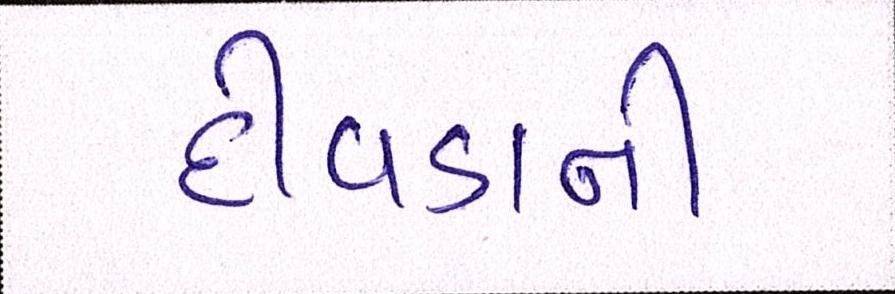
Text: દીવડાની